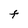
Character: t